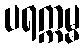
ပရက္ကမ္မ